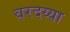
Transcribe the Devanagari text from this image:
वरदय्या